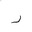
Letter: _ra